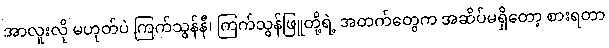
အာလူးလို မဟုတ်ပဲ ကြက်သွန်နီ၊ ကြက်သွန်ဖြူတို့ရဲ့ အတက်တွေက အဆိပ်မရှိတော့ စားရတာ